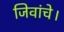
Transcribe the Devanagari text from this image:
जिवांचे।